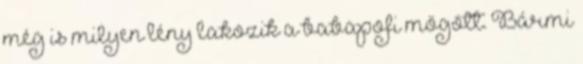
még is milyen lény lakozik a babapofi mögött. Bármi